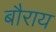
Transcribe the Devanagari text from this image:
बौराय